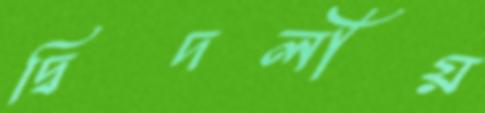
দ্বিদলীয়